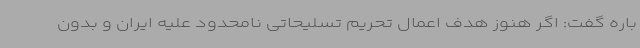
باره گفت: اگر هنوز هدف اعمال تحریم تسلیحاتی نامحدود علیه ایران و بدون